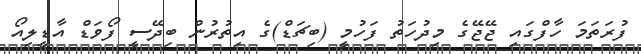
ފުރަތަމަ ހާފްގައި ޖޭޖޭގެ މިދުހަތު ފަހުމީ (ބިޗަޑް)ގެ އިތުރުން ބިދޭސީ ފޯވަޑް އާޑީލިއޯ